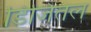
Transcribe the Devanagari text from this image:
डिजितल